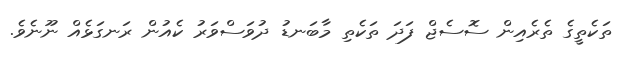
ތަކެތީގެ ތެރެއިން ސޮސެޖް ފަދަ ތަކެތި މާބަނޑު ދުވަސްވަރު ކެއުން ރަނގަޅެއް ނޫނެވެ.